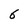
Character: 6